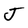
Character: J